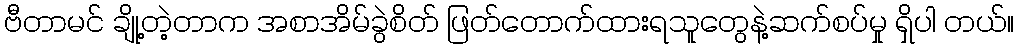
ဗီတာမင် ချို့တဲ့တာက အစာအိမ်ခွဲစိတ် ဖြတ်တောက်ထားရသူတွေနဲ့ဆက်စပ်မှု ရှိပါ တယ်။